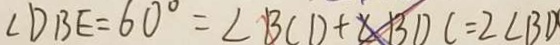
\angle D B E = 6 0 ^ { \circ } = \angle B C D + \angle B D C = 2 \angle B D